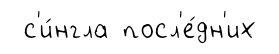
с'и́нгла посл'е́дн'их